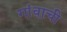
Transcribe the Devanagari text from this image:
गांवाची